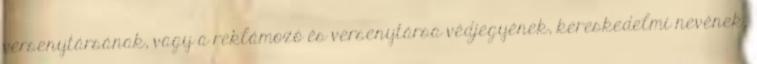
versenytársának, vagy a reklámozó és versenytársa védjegyének, kereskedelmi nevének,